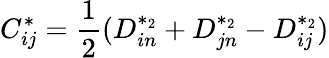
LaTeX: C_{ij}^{*}=\frac{1}{2}(D_{in}^{*_{2}}+D_{jn}^{*_{2}}-D_{ij}^{*_{2}})